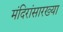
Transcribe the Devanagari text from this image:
मंदिरांसारख्या